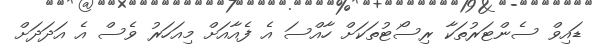
ޑައިވް ސެންޓަރުތަކާ ރިސޯޓުތަކަށް ހާއްސަ އެ ފެއާއަށް މިއަހަރު ވެސް އެ އަދަދަށް